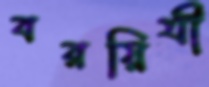
বরয়িত্রী